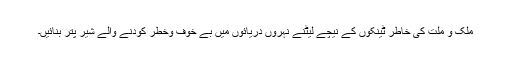
ملک و ملت کی خاطر ٹینکوں کے نیچے لیٹنے نہروں دریائوں میں بے خوف وخطر کودنے والے شیر پتر بنائیں۔